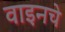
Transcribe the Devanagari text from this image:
वाइनचे